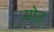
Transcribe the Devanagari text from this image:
योट